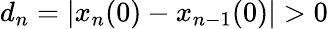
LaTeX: d_{n}=|x_{n}(0)-x_{n-1}(0)|>0